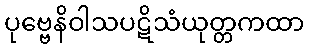
ပုဗ္ဗေနိဝါသပဋိသံယုတ္တကထာ